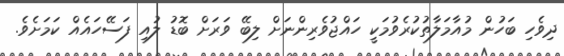
ދިވެހި ބަހުން މުއާމަލާތުކުރެވުމަކީ ހައްޖުވެރިންނަށް ލިބޭ ވަރަށް ބޮޑު ލުއި ފަސޭހައެއް ކަމަށެވެ.